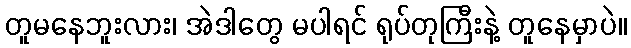
တူမနေဘူးလား၊ အဲဒါတွေ မပါရင် ရုပ်တုကြီးနဲ့ တူနေမှာပဲ။